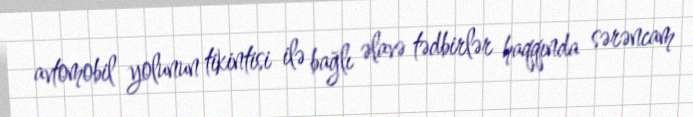
avtomobil yolunun tikintisi ilə bağlı əlavə tədbirlər haqqında sərəncam